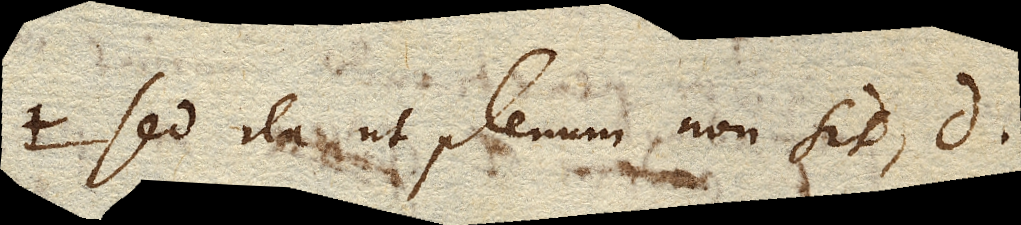
D. sed ita ut plenum non sit, D.